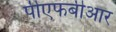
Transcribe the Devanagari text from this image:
पीएफबीआर